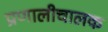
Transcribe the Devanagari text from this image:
प्रणालीचालक